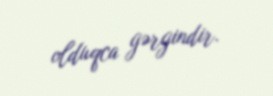
olduqca gərgindir.